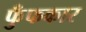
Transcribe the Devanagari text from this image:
फुँफकार